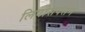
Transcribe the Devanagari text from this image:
लिपोसक्सन